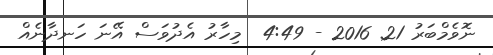
ނޮވެމްބަރު 21